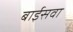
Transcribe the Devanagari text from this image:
बाईसवा